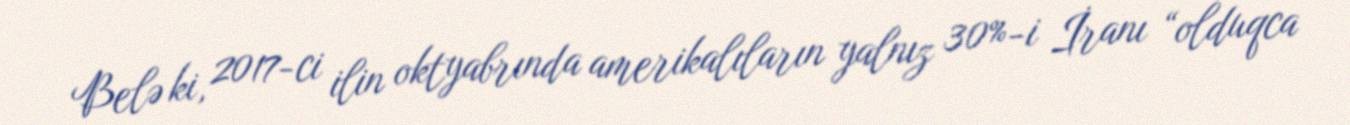
Belə ki, 2017-ci ilin oktyabrında amerikalıların yalnız 30%-i İranı “olduqca